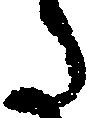
た